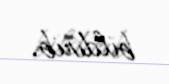
bildirib.